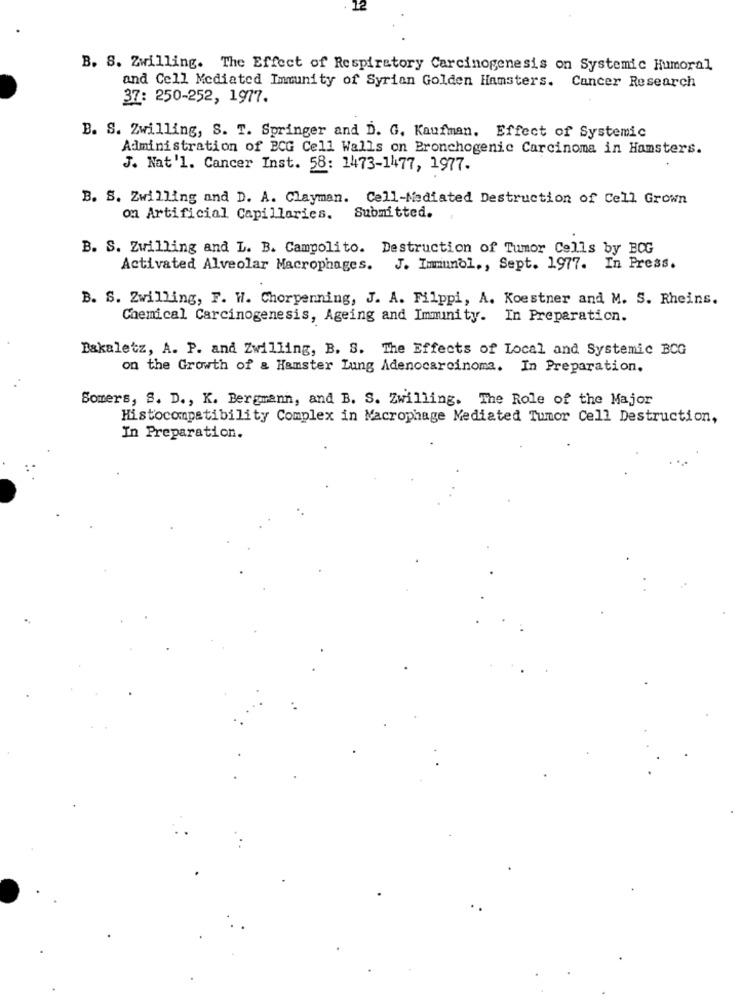
B. S. Zwilling. The Effect of Respiratory Carcinogenesis on Systemic Humoral
and Cell Mediated Immunity of Syrian Golden Hamsters. Cancer Research
37: 250-252, 1977.
B. S. Zwilling, S. T. Springer and D. G. Kaufman. Effect of Systemic
Administration of BCG Cell Walls on Bronchogenic Carcinoma in Hamsters.
J. Nat'l. Cancer Inst. 58: 1473-1477, 1977.
B. S. Zwilling and D. A. Clayman. Cell-Mediated Destruction of Cell Grown
on Artificial Capillaries. Submitted.
B. S. Zwilling and L. B. Campolito. Destruction of Tumor Cells by BCG
Activated Alveolar Macrophages. J. Immunol ., Sept. 1977. In Press.
B. S. Zwilling, F. W. Chorpenning, J. A. Filppi, A. Koestner and M. S. Rheins.
Chemical Carcinogenesis, Ageing and Immunity. In Preparation.
Bakaletz, A. P. and Zwilling, B. S. The Effects of Local and Systemic BCG
on the Growth of & Hamster Lung Adenocarcinoma. In Preparation.
Somers, S. D ., K. Bergmann, and B. S. Zwilling. The Role of the Major
Histocompatibility Complex in Macrophage Mediated Tumor Cell Destruction,
In Preparation.